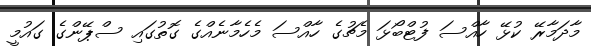
މާދަމާރޭ ކުޅޭ ހާއްސަ ފުޓްބޯޅަ މެޗުގެ ހާއްސަ މެހެމާނެއްގެ ގޮތުގައި ސްޕޭންގެ ގައުމީ